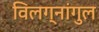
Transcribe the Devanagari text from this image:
विलग्नांगुल